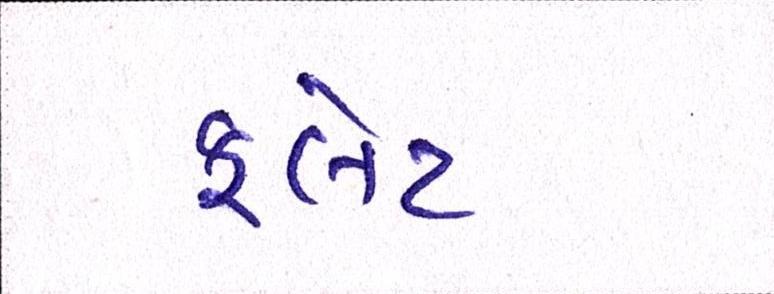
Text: ફલેટ